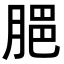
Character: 𦜧